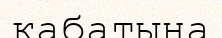
кабатына